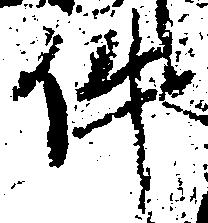
件